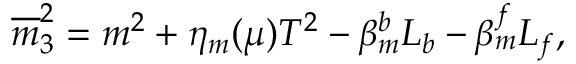
\overline { { { m } } } _ { 3 } ^ { 2 } = m ^ { 2 } + \eta _ { m } ( \mu ) T ^ { 2 } - \beta _ { m } ^ { b } L _ { b } - \beta _ { m } ^ { f } L _ { f } ,